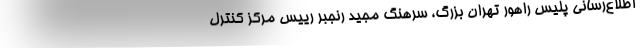
اطلاع‌رسانی پلیس راهور تهران بزرگ، سرهنگ مجید رنجبر رییس مرکز کنترل